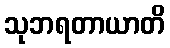
သုဘရတာယာတိ